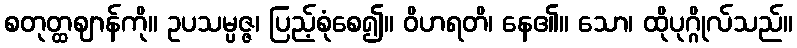
စတုတ္ထဈာန်ကို။ ဥပသမ္ပဇ္ဇ၊ ပြည့်စုံစေ၍။ ဝိဟရတိ၊ နေ၏။ သော၊ ထိုပုဂ္ဂိုလ်သည်။